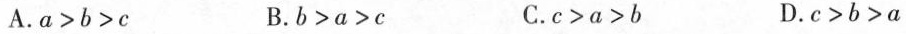
A.a >b>c B.b>a>c C.c>a>b D.c>b>a